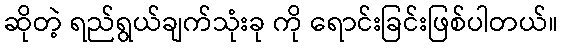
ဆိုတဲ့ ရည်ရွယ်ချက်သုံးခု ကို ရောင်းခြင်းဖြစ်ပါတယ်။